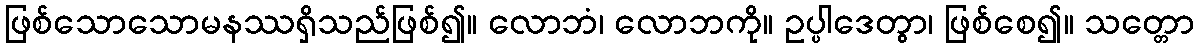
ဖြစ်သောသောမနဿရှိသည်ဖြစ်၍။ လောဘံ၊ လောဘကို။ ဥပ္ပါဒေတွာ၊ ဖြစ်စေ၍။ သတ္တော